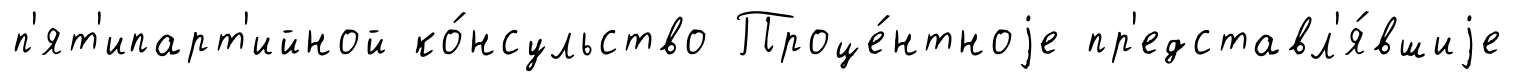
п'ят'ипарт'ийной ко́нсульство Проце́нтноjе пр'едставл'я́вшиjе